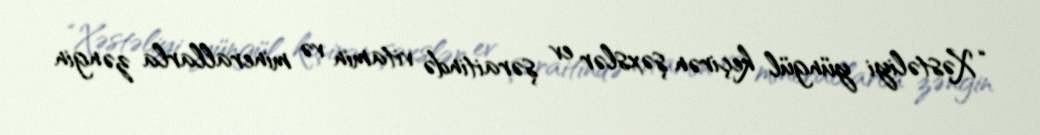
“Xəstəliyi yüngül keçirən şəxslər ev şəraitində vitamin və minerallarla zəngin